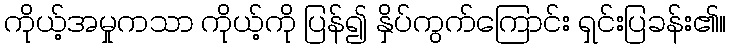
ကိုယ့်အမှုကသာ ကိုယ့်ကို ပြန်၍ နှိပ်ကွက်ကြောင်း ရှင်းပြခန်း၏။